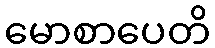
မောစာပေတိ